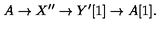
A \to X ^ { \prime \prime } \to Y ^ { \prime } [ 1 ] \to A [ 1 ] .